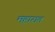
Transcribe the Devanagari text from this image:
महारात